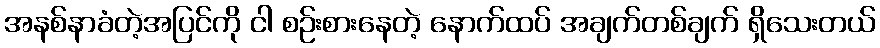
အနစ်နာခံတဲ့အပြင်ကို ငါ စဉ်းစားနေတဲ့ နောက်ထပ် အချက်တစ်ချက် ရှိသေးတယ်